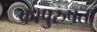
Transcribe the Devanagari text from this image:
कापुरुषता